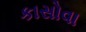
કાસોવા